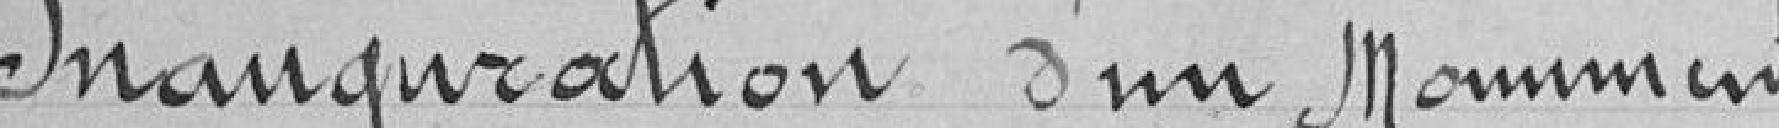
Inauguration d'un Monument